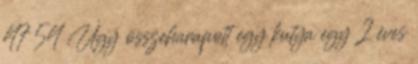
47 54 Úgy összeharapott egy kutya egy 2 éves